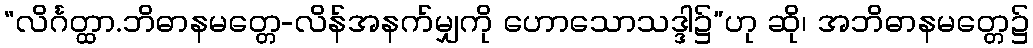
“လိင်္ဂတ္ထာ.ဘိဓာနမတ္တေ-လိန်အနက်မျှကို ဟောသောသဒ္ဒါ၌”ဟု ဆို၊ အဘိဓာနမတ္တေ၌